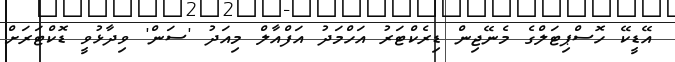
އޭޑީކޭ ހޮސްޕިޓަލްގެ މެނޭޖިން ޑިރެކްޓަރު އަހްމަދު އަފްއާލް މިއަދު 'ސަން' ވިދާޅުވީ ޑޮކްޓަރަށް